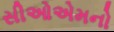
સીઓએમનો